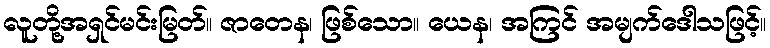
လူတို့အရှင်မင်းမြတ်။ ဇာတေန၊ ဖြစ်သော။ ယေန၊ အကြင် အမျက်ဒေါသဖြင့်။